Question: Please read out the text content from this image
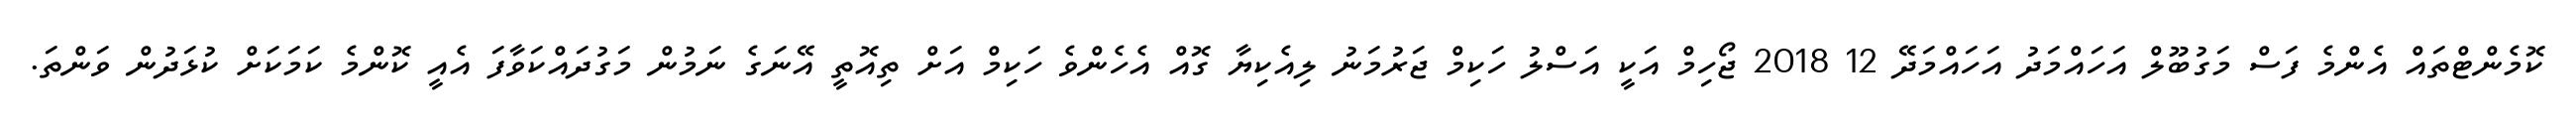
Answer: ކޮމެންޓްތައް އެންމެ ފަސް މަގުބޫލް އަހައްމަދު އަހައްމަދޭ 12 2018 ޖޯހިމް އަކީ އަސްލު ހަކިމް ޖަރުމަނު ލިއެކިޔާ ގޮއް އެހެންވެ ހަކިމް އަށް ތިއޮތީ އޭނަގެ ނަމުން މަގުދައްކަވާފަ އެއީ ކޮންމެ ކަމަކަށް ކުޅަދުން ވަންތަ.